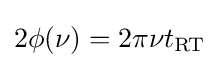
2\phi (\nu )=2\pi \nu t_{\rm {RT}}